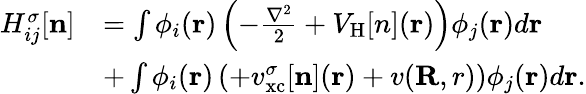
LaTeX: \begin{array}{rl}{H_{ij}^{\sigma}[{\mathbf n}]}&{=\int\phi_{i}({\mathbf r})\left(-\frac{\nabla^{2}}{2}+V_{\mathrm{H}}[n]({\mathbf r})\right)\phi_{j}({\mathbf r})d{\mathbf r}}\\ &{+\int\phi_{i}({\mathbf r})\left(+v_{\mathrm{xc}}^{\sigma}[{\mathbf n}]({\mathbf r})+v({\mathbf R,r})\right)\phi_{j}({\mathbf r})d{\mathbf r}.}\end{array}